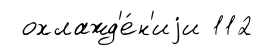
охлажд'е́н'иjи 112